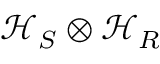
\mathcal { H } _ { S } \otimes \mathcal { H } _ { R }